Vaccination in Bombay 1913-1923 - 1913-1923
Year: 1913
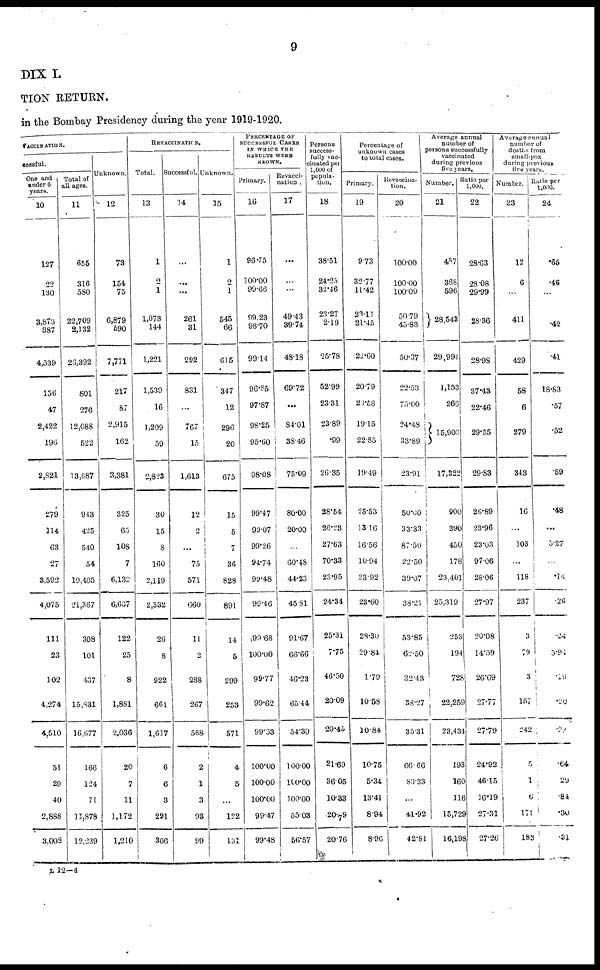
9
DIX I.
TION RETURN.
in the Bombay Presidency during the year 1919-1920.
VACCINATION.
cessful.
One and
under 6
years.
10
127
22
130
3,873
387
4,539
156
47
2,422
196
2,S21
279
114
63
27
3,592
4,075
111
23
102
4,274
4,510
51
29
40
2,888
3,003
Total of
all ages.
11
655
316
580
22,709
2,132
26,392
801
276
12,088
522
13,687
943
425
540
54
19,405
21,367
308
101
437
15,831
16,677
166
124
71
11,878
12,239
Unknown.
12
73
154
75
6,879
590
7,771
217
87
2,915
162
3,381
325
65
108
7
6,132
6,637
122
25
8
1,881
2,036
20
7
11
1,172
1,210
REVACCINATION.
Total.
13
1
2
1
1,073
144
1,221
1,539
16
1,209
59
2,823
30
15
8
160
2,119
2,332
26
8
922
661
1,617
6
6
3
291
306
Successful.
14
...
...
...
261
31
292
831
...
767
15
1,613
12
2
...
75
571
660
11
2
288
267
568
2
1
3
93
99
Unknown.
15
1
2
1
545
66
615
347
12
296
20
675
15
5
7
36
828
891
14
5
299
253
571
4
5
...
122
131
PERCENTAGE OF
SUCCESSFUL CASES
IN WHICH THE
RESULTS WERE
KNOWN.
Primary.
16
96.75
100.00
99.66
99.23
98.70
99.14
96.85
97.87
98.25
95.60
98.08
99.47
99.07
99.26
94.74
99.48
99.46
99.68
100.00
99.77
99.62
99.33
100.00
100.00
100.00
99.47
99.48
Revacci¬
nation.
17
...
...
...
49.43
39.74
48.18
69.72
...
84.01
38.46
75.09
80.00
20.00
...
60.48
44.23
45.81
91.67
66.66
46.23
65.44
54.30
100.00
100.00
100.00
55.03
56.57
Persons
success-
fully vac-
cinated per
1,000 of
popula-
tion.
18
38.51
24.25
32.46
23.27
2.19
25.78
52.99
23.31
23.89
.99
26.35
28.54
26.23
27.63
70.33
23.95
24.34
25.31
7.75
46.50
20.09
20.45
21.69
36.05
10.33
20.79
20.76
Percentage of
unknown cases
to total cases.
Primary.
19
9.73
32.77
11.42
23.11
21.45
22.60
20.79
28.58
19.15
22.85
19.49
25.53
13.16
16.56
10.94
23.92
23.60
28.30
29.84
1.79
10.58
10.84
10.75
5.34
13.41
8.94
8.96
Revaccina¬
tion.
20
100.00
100.00
100.00
50.79
45.83
50.37
22.53
75.00
24.48
33.89
23.91
50.00
33.33
87.50
22.50
39.07
38.21
53.85
62.50
32.43
38.27
35.31
66.66
83.33
...
41.92
42.81
Average annual
number of
persons successfully
vaccinated
during previous
five years.
Number.
21
487
368
596
28,543
29.99
1,153
266
15,903
17,322
900
390
450
178
23,401
25,319
253
194
728
22,259
23,434
193
160
116
15,729
16,198
Ratio per
1,000.
22
28.63
28.08
29.99
28.36
28.98
37.43
22.46
29.55
29.83
26.89
23.96
23.03
97.06
28.06
27.97
20.08
14.59
26.69
27.77
27.79
24.92
46.15
16.19
27.31
27.26
Average annual
number of
deaths from
small-pox
during previous
Number.
23
12
6
...
411
429
58
6
279
343
16
...
103
...
118
237
3
79
3
157
242
5
1
6
171
183
Ratio per
1,000.
24
.65
.46
...
.42
.41
18.83
.57
.52
.59
.48
...
5.27
...
.14
.26
.24
5.94
.19
.20
.29
.64
.29
.84
.30
.31
L 12—4